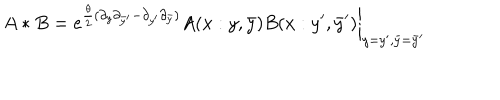
A * B = \left. e ^ { \frac { \theta } { 2 } ( \partial _ { y } \partial _ { \bar { y } ^ { \prime } } - \partial _ { y ^ { \prime } } \partial _ { \bar { y } } ) } A ( x : y , \bar { y } ) B ( x : y ^ { \prime } , \bar { y } ^ { \prime } ) \right| _ { y = y ^ { \prime } , \bar { y } = \bar { y } ^ { \prime } }